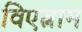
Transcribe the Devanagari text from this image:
विएत्नाम